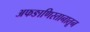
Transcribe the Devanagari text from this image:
अफङाणिस्तानातून